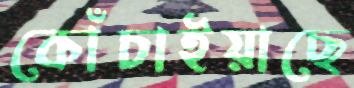
কোঁচাইয়াছে